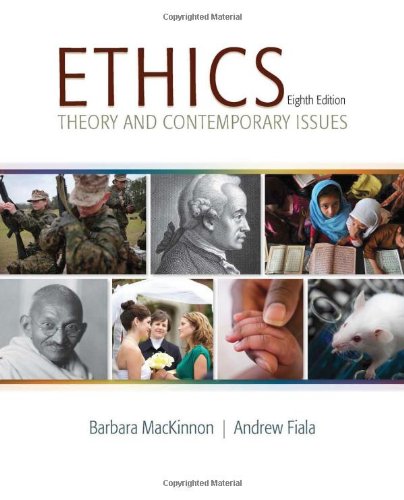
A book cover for Ethics: Theory and Contemporary Issues; Barbara MacKinnon; Politics & Social Sciences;